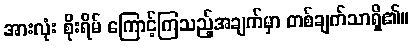
အားလုံး စိုးရိမ် ကြောင့်ကြသည့်အချက်မှာ တစ်ချက်သာရှိ၏။